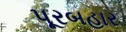
પૂરબહાર